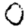
Digit: 0